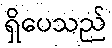
ရှိပေသည်